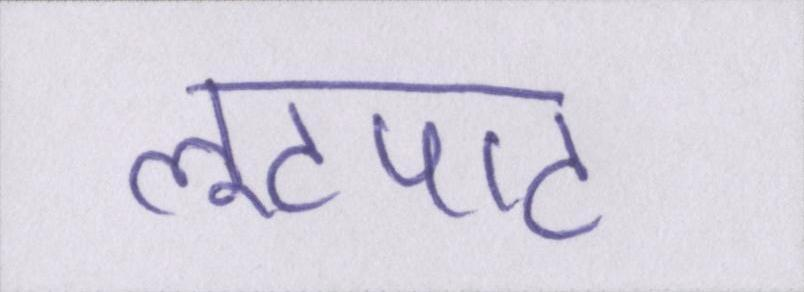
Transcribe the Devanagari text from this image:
लूटपाट